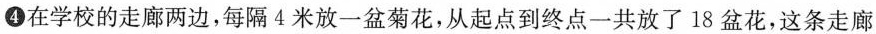
④在学校的走廊两边，每隔4米放一盆菊花，从起点到终点一共放了18盆花，这条走廊